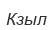
Кзыл